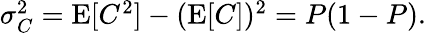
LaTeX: \begin{array}{r}{\sigma_{C}^{2}=\operatorname{E}[C^{2}]-(\operatorname{E}[C])^{2}=P(1-P).}\end{array}